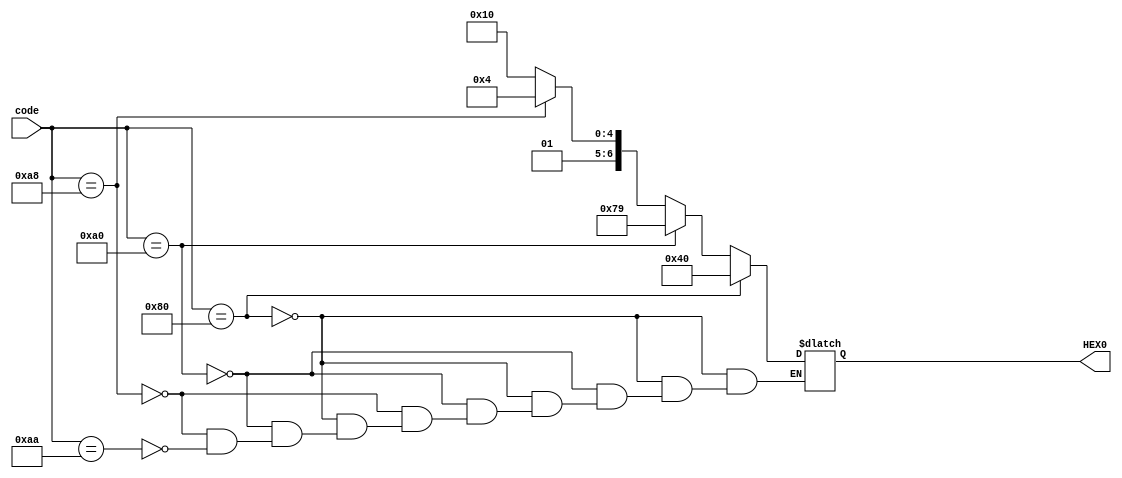
module HEX_display(
	input [7:0] code,
	output reg [6:0] HEX0
);

always @(code) // HEX display sensitive to only code
begin
	if (code == 8'b10000000)
		HEX0 = 7'b1000000; // display '0'
	else if (code == 8'b10100000)
		HEX0 = 7'b1111001; // display '1'
	else if (code == 8'b10101000)
		HEX0 = 7'b0100100; // display '2'
	else if (code == 8'b10101010)
		HEX0 = 7'b0110000; // display '3'
end

endmodule